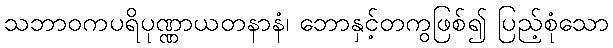
သဘာဝကပရိပုဏ္ဏာယတနာနံ၊ ဘောနှင့်တကွဖြစ်၍ ပြည့်စုံသော